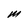
Character: M